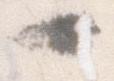
一